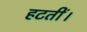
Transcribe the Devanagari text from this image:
हटतीं।